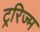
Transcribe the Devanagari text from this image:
ट्ररिज्म